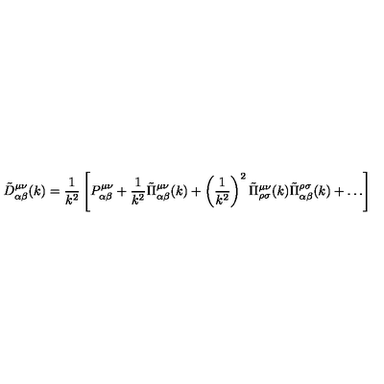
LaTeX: \tilde { D } _ { \alpha \beta } ^ { \mu \nu } ( k ) = \frac 1 { k ^ { 2 } } \left[ P _ { \alpha \beta } ^ { \mu \nu } + \frac 1 { k ^ { 2 } } \tilde { \Pi } _ { \alpha \beta } ^ { \mu \nu } ( k ) + \left( \frac 1 { k ^ { 2 } } \right) ^ { 2 } \tilde { \Pi } _ { \rho \sigma } ^ { \mu \nu } ( k ) \tilde { \Pi } _ { \alpha \beta } ^ { \rho \sigma } ( k ) + \dots \right]